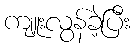
ကျူးလွန်ခဲ့ပြီး